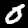
Label: 0